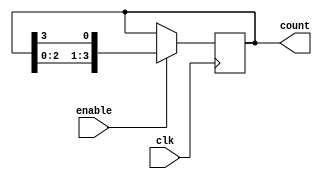
module JohnsonCounterWithEnable (
    input wire clk,
    input wire enable,
    output reg [3:0] count
);

reg [3:0] reg_count;

always @ (posedge clk) begin
    if (enable) begin
        // Johnson Counter logic with enable signal
        reg_count <= {reg_count[2:0], reg_count[3]};
    end
end

assign count = reg_count;

endmodule